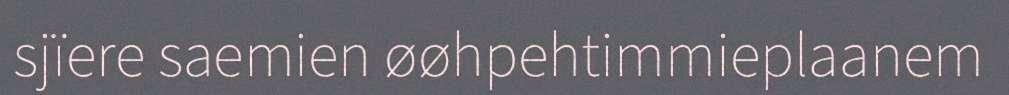
sjïere saemien øøhpehtimmieplaanem